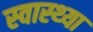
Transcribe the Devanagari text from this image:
स्‍वास्‍थ्‍या